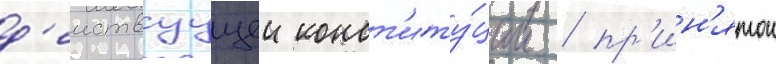
д'еиствуущеи конст'иту́ции / пр'ин'ятои